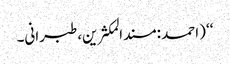
‘‘ (احمد :مسندالمکثرین،طبرانی۔